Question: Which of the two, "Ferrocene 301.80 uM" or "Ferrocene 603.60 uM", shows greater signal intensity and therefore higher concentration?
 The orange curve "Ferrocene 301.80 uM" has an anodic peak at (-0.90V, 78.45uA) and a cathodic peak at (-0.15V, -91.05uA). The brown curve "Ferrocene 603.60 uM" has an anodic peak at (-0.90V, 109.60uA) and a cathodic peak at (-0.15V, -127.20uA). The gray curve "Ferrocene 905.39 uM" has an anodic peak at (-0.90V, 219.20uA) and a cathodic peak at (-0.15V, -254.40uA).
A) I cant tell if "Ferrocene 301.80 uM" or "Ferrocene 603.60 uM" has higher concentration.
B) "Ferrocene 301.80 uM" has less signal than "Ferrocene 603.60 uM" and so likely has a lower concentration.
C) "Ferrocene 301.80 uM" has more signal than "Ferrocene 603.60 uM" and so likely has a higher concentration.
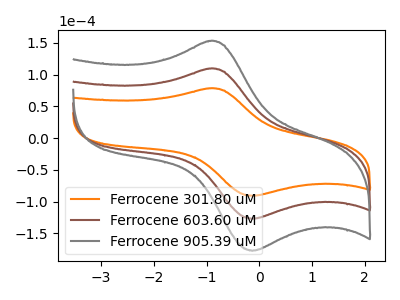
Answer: <think>All the peaks in "Ferrocene 301.80 uM" have a peak in "Ferrocene 603.60 uM" at the same potential. Every peak in "Ferrocene 301.80 uM" is lower than every peak in "Ferrocene 603.60 uM".
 </think>
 <answer>B) "Ferrocene 301.80 uM" has less signal than "Ferrocene 603.60 uM" and so likely has a lower concentration.</answer>
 <eval>B</eval>